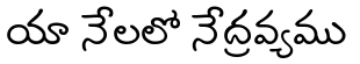
యా నేలలో నేద్రవ్యము